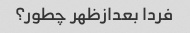
فردا بعدازظهر چطور؟